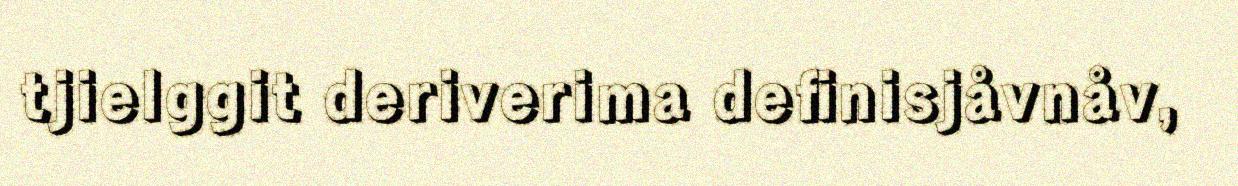
tjielggit deriverima definisjåvnåv,